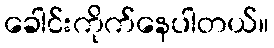
ခေါင်းကိုက်နေပါတယ်။